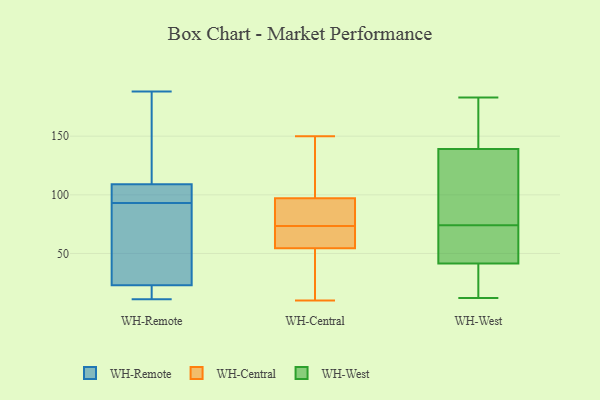
{"axis": {"x": "Gross Profit (USD K)", "y": "Value"}, "legend": ["WH-Central", "WH-Remote", "WH-West"], "data": [{"x": "", "y": 37, "type": "WH-Remote"}, {"x": "", "y": 101, "type": "WH-Remote"}, {"x": "", "y": 11, "type": "WH-Remote"}, {"x": "", "y": 18, "type": "WH-Remote"}, {"x": "", "y": 123, "type": "WH-Remote"}, {"x": "", "y": 72, "type": "WH-Remote"}, {"x": "", "y": 104, "type": "WH-Remote"}, {"x": "", "y": 85, "type": "WH-Remote"}, {"x": "", "y": 111, "type": "WH-Remote"}, {"x": "", "y": 17, "type": "WH-Remote"}, {"x": "", "y": 180, "type": "WH-Remote"}, {"x": "", "y": 188, "type": "WH-Remote"}, {"x": "", "y": 28, "type": "WH-Remote"}, {"x": "", "y": 107, "type": "WH-Remote"}, {"x": "", "y": 17, "type": "WH-Remote"}, {"x": "", "y": 102, "type": "WH-Remote"}, {"x": "", "y": 57, "type": "WH-Central"}, {"x": "", "y": 101, "type": "WH-Central"}, {"x": "", "y": 117, "type": "WH-Central"}, {"x": "", "y": 52, "type": "WH-Central"}, {"x": "", "y": 43, "type": "WH-Central"}, {"x": "", "y": 67, "type": "WH-Central"}, {"x": "", "y": 12, "type": "WH-Central"}, {"x": "", "y": 96, "type": "WH-Central"}, {"x": "", "y": 58, "type": "WH-Central"}, {"x": "", "y": 87, "type": "WH-Central"}, {"x": "", "y": 73, "type": "WH-Central"}, {"x": "", "y": 101, "type": "WH-Central"}, {"x": "", "y": 78, "type": "WH-Central"}, {"x": "", "y": 59, "type": "WH-Central"}, {"x": "", "y": 150, "type": "WH-Central"}, {"x": "", "y": 74, "type": "WH-Central"}, {"x": "", "y": 98, "type": "WH-Central"}, {"x": "", "y": 85, "type": "WH-Central"}, {"x": "", "y": 10, "type": "WH-Central"}, {"x": "", "y": 28, "type": "WH-Central"}, {"x": "", "y": 148, "type": "WH-West"}, {"x": "", "y": 84, "type": "WH-West"}, {"x": "", "y": 65, "type": "WH-West"}, {"x": "", "y": 16, "type": "WH-West"}, {"x": "", "y": 83, "type": "WH-West"}, {"x": "", "y": 37, "type": "WH-West"}, {"x": "", "y": 12, "type": "WH-West"}, {"x": "", "y": 183, "type": "WH-West"}, {"x": "", "y": 47, "type": "WH-West"}, {"x": "", "y": 163, "type": "WH-West"}, {"x": "", "y": 24, "type": "WH-West"}, {"x": "", "y": 130, "type": "WH-West"}, {"x": "", "y": 46, "type": "WH-West"}, {"x": "", "y": 154, "type": "WH-West"}, {"x": "", "y": 52, "type": "WH-West"}, {"x": "", "y": 27, "type": "WH-West"}, {"x": "", "y": 96, "type": "WH-West"}, {"x": "", "y": 155, "type": "WH-West"}, {"x": "", "y": 112, "type": "WH-West"}, {"x": "", "y": 58, "type": "WH-West"}]}